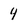
Character: 4